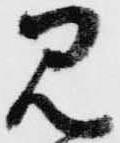
見